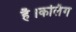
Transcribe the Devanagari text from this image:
है।कलिंग